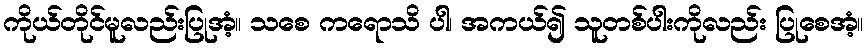
ကိုယ်တိုင်မူလည်းပြုအံ့။ သစေ ကရောသိ ပါ၊ အကယ်၍ သူတစ်ပါးကိုလည်း ပြုစေအံ့။